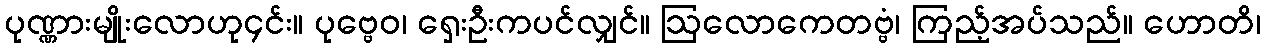
ပုဏ္ဏားမျိုးလောဟု၄င်း။ ပုဗ္ဗေဝ၊ ရှေးဦးကပင်လျှင်။ ဩလောကေတဗ္ဗံ၊ ကြည့်အပ်သည်။ ဟောတိ၊